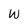
Character: W